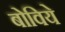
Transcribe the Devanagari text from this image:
बोविये